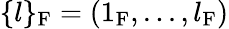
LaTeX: \{ l\} _{\mathrm{F}}=(1_{\mathrm{F}},...,l_{\mathrm{F}})